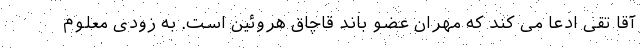
آقا تقی ادعا می کند که مهران عضو باند قاچاق هروئین است. به زودی معلوم